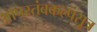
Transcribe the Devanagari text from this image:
आपस्तंबकल्पसूत्र